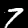
Digit: 7